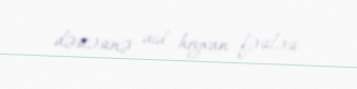
dəstəsinə aid heyvan fəsiləsi.